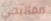
مفاتيحي